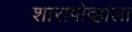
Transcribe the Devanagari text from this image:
शारापोव्हाला